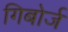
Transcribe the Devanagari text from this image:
गिबोर्ज